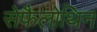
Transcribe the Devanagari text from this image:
सेफैलोथिन